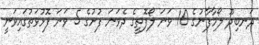
ދަނބިދޫ ލޯމާފާނުގެ 10 ވަނަ ލޯފޮތީގެ ދެވަނަ ފުށުގެ 5 ވަނަ ފޮޅުވަތުގައިވަނީ